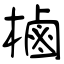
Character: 樐